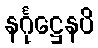
နင်္ဂုဋ္ဌေနပိ